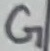
Text: G